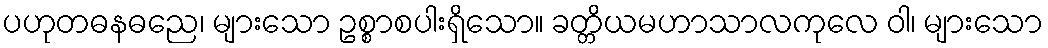
ပဟုတဓနဓညေ၊ များသော ဥစ္စာစပါးရှိသော။ ခတ္တိယမဟာသာလကုလေ ဝါ၊ များသော